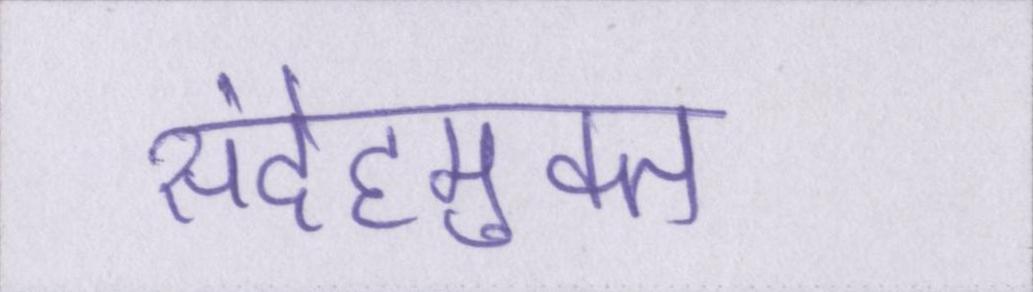
संदेहमुक्त